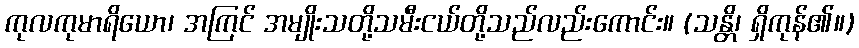
ကုလကုမာရိယော၊ အကြင် အမျိုးသတို့သမီးငယ်တို့သည်လည်းကောင်း။ (သန္တိ၊ ရှိကုန်၏။)